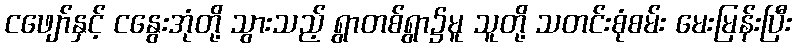
ငဖျော်နှင့် ငနွေးအုံတို့ သွားသည့် ရွာတစ်ရွာ၌မူ သူတို့ သတင်းစုံစမ်း မေးမြန်းပြီး